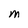
Character: M